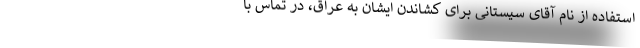
استفاده از نام آقای سیستانی برای کشاندن ایشان به عراق، در تماس با